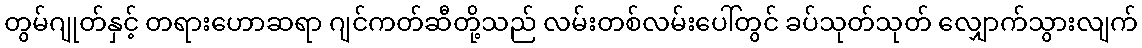
တွမ်ဂျုတ်နှင့် တရားဟောဆရာ ဂျင်ကတ်ဆီတို့သည် လမ်းတစ်လမ်းပေါ်တွင် ခပ်သုတ်သုတ် လျှောက်သွားလျက်